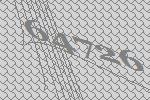
64726